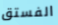
الفستق